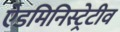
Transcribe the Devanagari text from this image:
ऐडमिनिस्ट्रेटीव